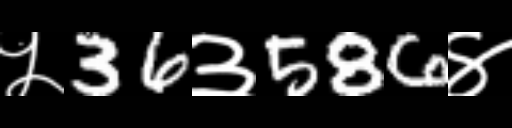
Text: ५36३586४